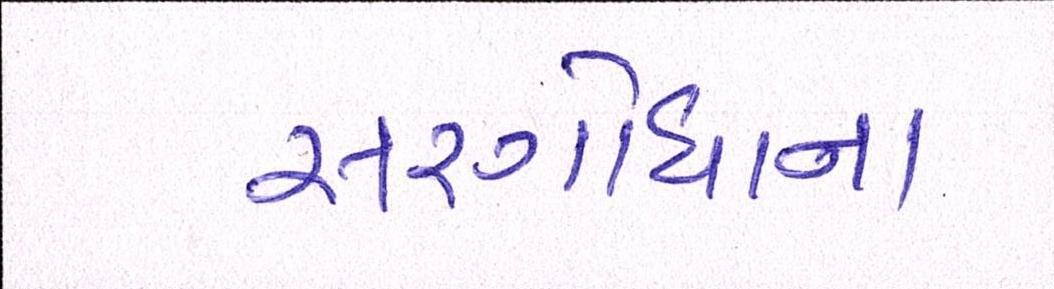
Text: સરગોધાના